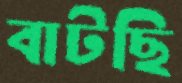
বাটছি